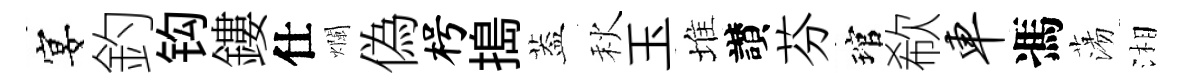
宴釣钩鏤仕爛偽枵搗葢秋玉堆讃芬琯欷车馮蕩湘